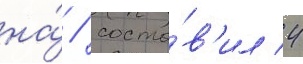
на́ / соста́в'ил 4